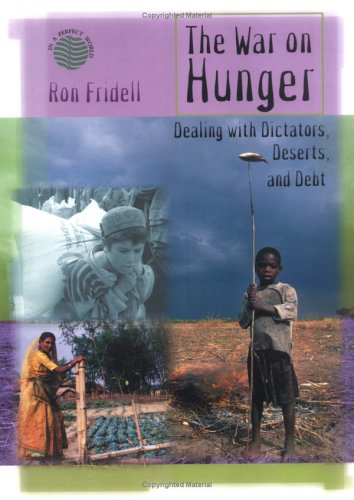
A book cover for The War On Hunger (In a Perfect World); Ron Fridell; Teen & Young Adult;